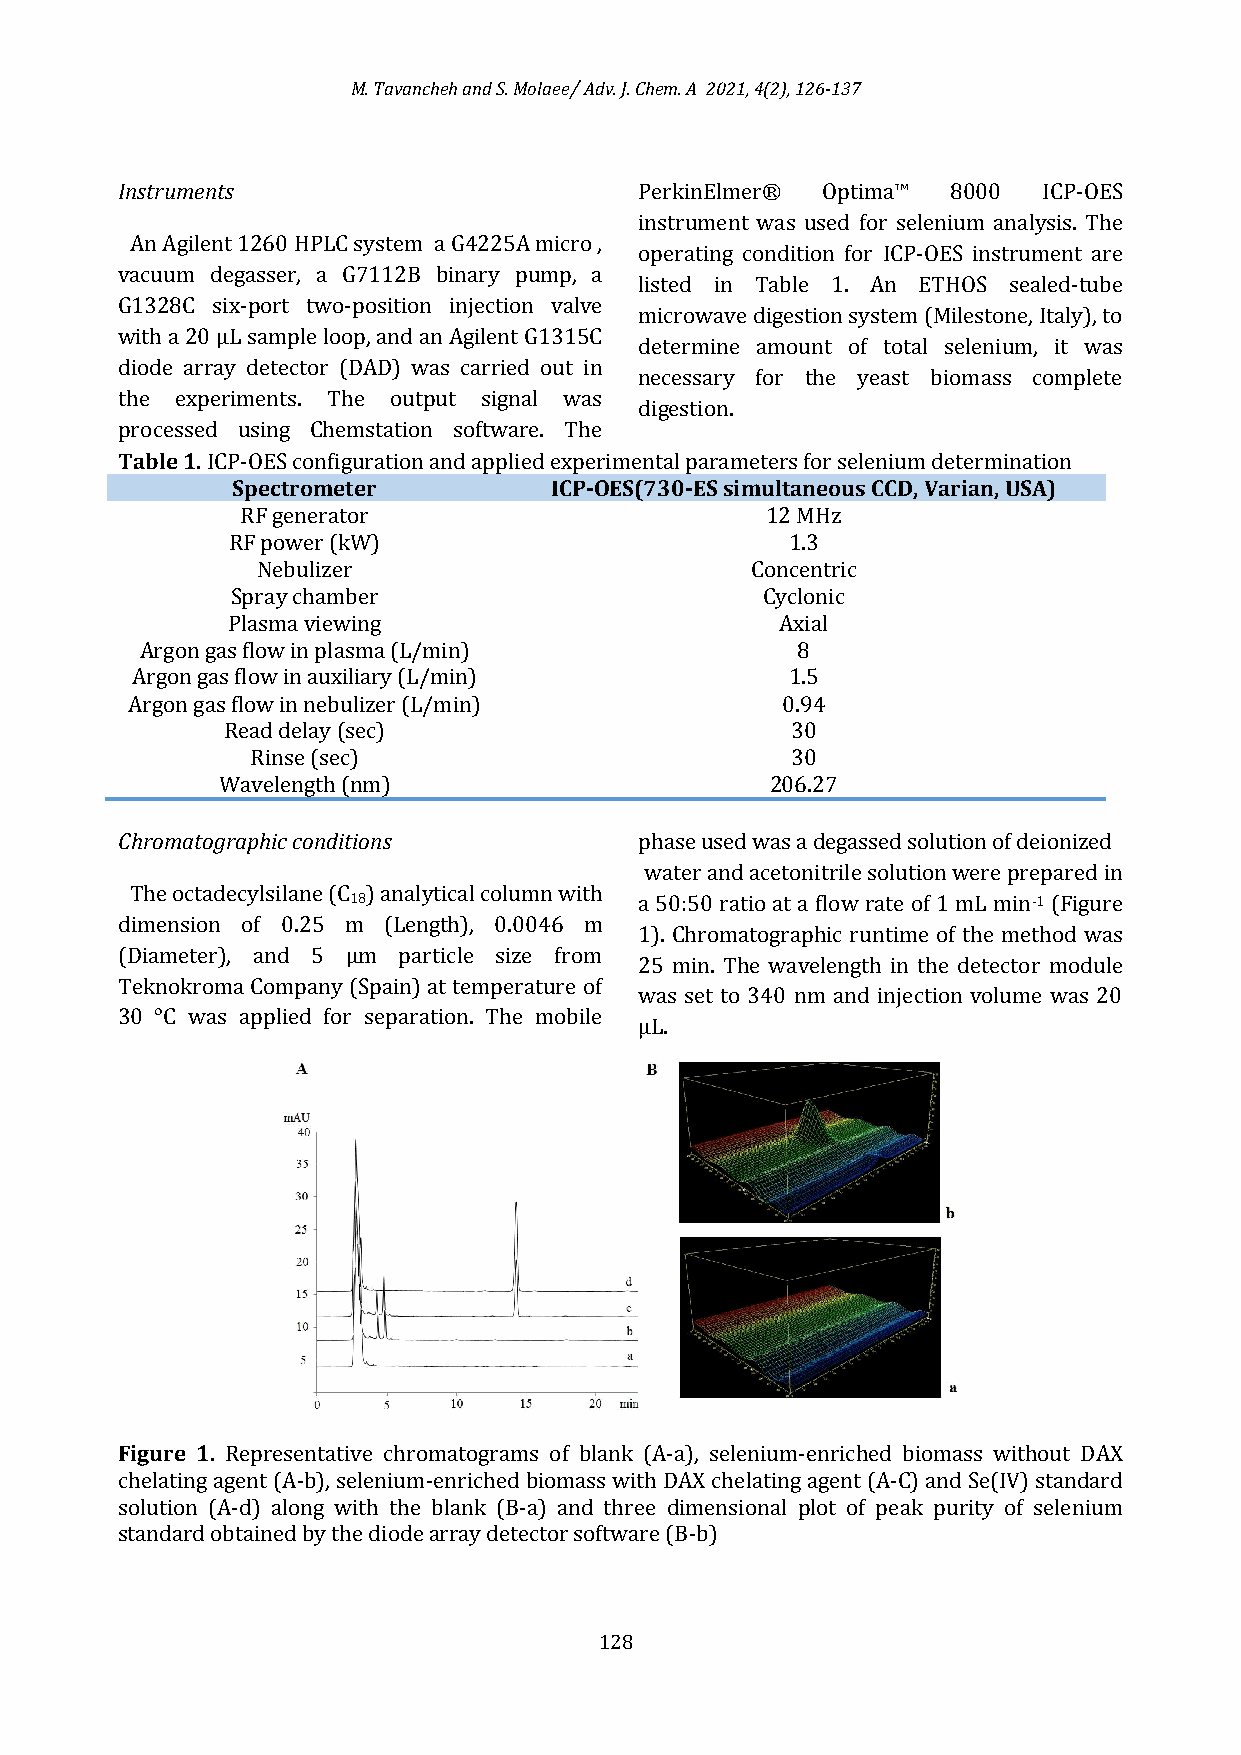
M. Tavancheh and S. Molaee/ Adv. J. Chem. A 2021, 4(2), 126-137
 Instruments                       PerkinElmer® Optima™ 8000  ICP-OES
 instrument was used for selenium analysis. The
 An Agilent 1260 HPLC system a G4225A micro ,
 operating condition for ICP-OES instrument are
 vacuum degasser, a G7112B binary pump, a
 listed in Table 1. An ETHOS sealed-tube
 G1328C six-port two-position injection valve
 microwave digestion system (Milestone, Italy), to
 with a 20 µL sample loop, and an Agilent G1315C
 determine amount of total selenium, it was
 diode array detector (DAD) was carried out in
 necessary for the yeast biomass complete
 the experiments. The output signal was
 digestion.
 processed using Chemstation software. The
 Table 1. ICP-OES configuration and applied experimental parameters for selenium determination
 Spectrometer         ICP-OES(730-ES simultaneous CCD, Varian, USA)
 RF generator                       12 MHz
 RF power (kW)                        1.3
 Nebulizer                        Concentric
 Spray chamber                      Cyclonic
 Plasma viewing                       Axial
 Argon gas flow in plasma (L/min)            8
 Argon gas flow in auxiliary (L/min)        1.5
 Argon gas flow in nebulizer (L/min)         0.94
 Read delay (sec)                     30
 Rinse (sec)                        30
 Wavelength (nm)                      206.27
 Chromatographic conditions        phase used was a degassed solution of deionized
 water and acetonitrile solution were prepared in
 The octadecylsilane (C ) analytical column with
 18                 a 50:50 ratio at a flow rate of 1 mL min-1 (Figure
 dimension of 0.25 m (Length), 0.0046 m
 1). Chromatographic runtime of the method was
 (Diameter), and 5 µm particle size from
 25 min. The wavelength in the detector module
 Teknokroma Company (Spain) at temperature of
 was set to 340 nm and injection volume was 20
 30 °C was applied for separation. The mobile
 μL.
 Figure 1. Representative chromatograms of blank (A-a), selenium-enriched biomass without DAX
 chelating agent (A-b), selenium-enriched biomass with DAX chelating agent (A-C) and Se(IV) standard
 solution (A-d) along with the blank (B-a) and three dimensional plot of peak purity of selenium
 standard obtained by the diode array detector software (B-b)
 128